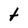
Character: t